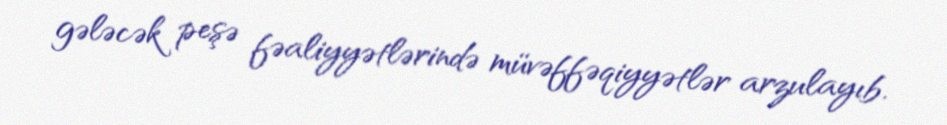
gələcək peşə fəaliyyətlərində müvəffəqiyyətlər arzulayıb.